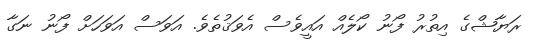
ރަޔާޝްގެ އިތުރު ފޯނު ކޯލެއް އައީވެސް އެވަޤުތެވެ. އަވަސް އަވަހަށް ފޯނު ނަގާ